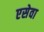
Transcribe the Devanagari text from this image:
एसेवा